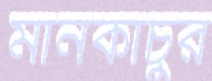
মানকাচুর